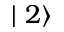
\mid 2 \rangle